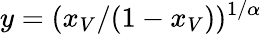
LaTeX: y=(x_{V}/(1-x_{V}))^{1/\alpha}